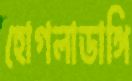
হোগলাডাঙ্গি